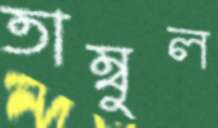
তাম্বুল